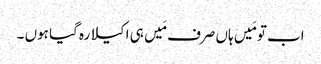
اب تو مَیں ہاں صرف مَیں ہی اکیلا رہ گیا ہوں ۔